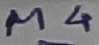
Text: M4